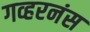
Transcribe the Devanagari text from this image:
गव्हरनंस